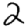
Digit: 2